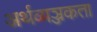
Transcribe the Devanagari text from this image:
अर्थव्यञ्जकता